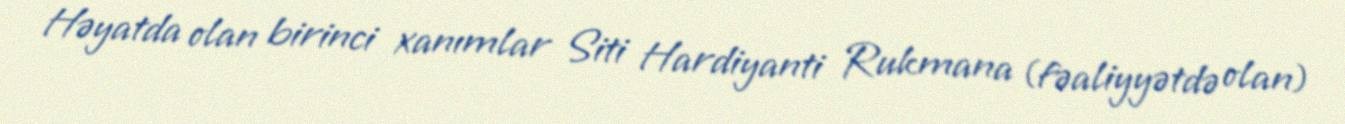
Həyatda olan birinci xanımlar Siti Hardiyanti Rukmana (fəaliyyətdə olan)